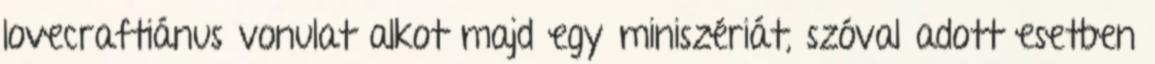
lovecraftiánus vonulat alkot majd egy miniszériát, szóval adott esetben